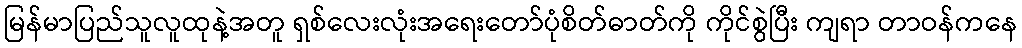
မြန်မာပြည်သူလူထုနဲ့အတူ ရှစ်လေးလုံးအရေးတော်ပုံစိတ်ဓာတ်ကို ကိုင်စွဲပြီး ကျရာ တာဝန်ကနေ